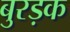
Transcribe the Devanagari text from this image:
बुरड़क